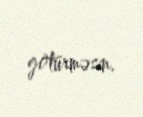
götürməsin.